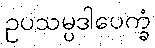
ဥပသမ္ပဒါပေက္ခံ